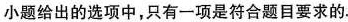
小题给出的选项中，只有一项是符合题目要求的.